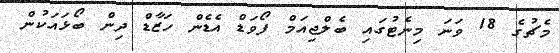
މެޗުގެ 18 ވަނަ މިނެޓުގައި ބެލްޖިއަމް ފޯވަޑް އެޑެން ހަޒާޑް ދިން ބޯޅައަކުން